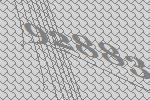
92883